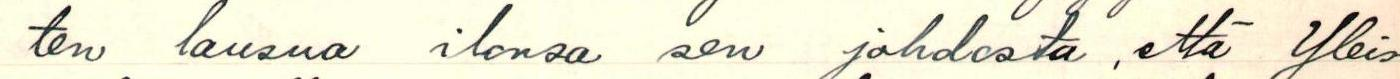
ten lausua ilonsa sen johdosta, että Yleis